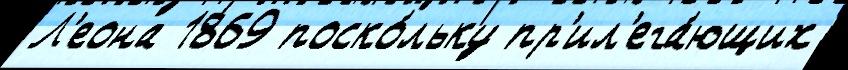
Л'еона 1869 поско́льку пр'ил'ега́ющих